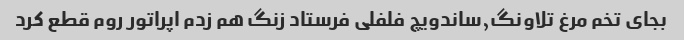
بجای تخم مرغ تلاونگ,ساندویچ فلفلی فرستاد زنگ هم زدم اپراتور روم قطع کرد